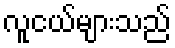
လူငယ်များသည်